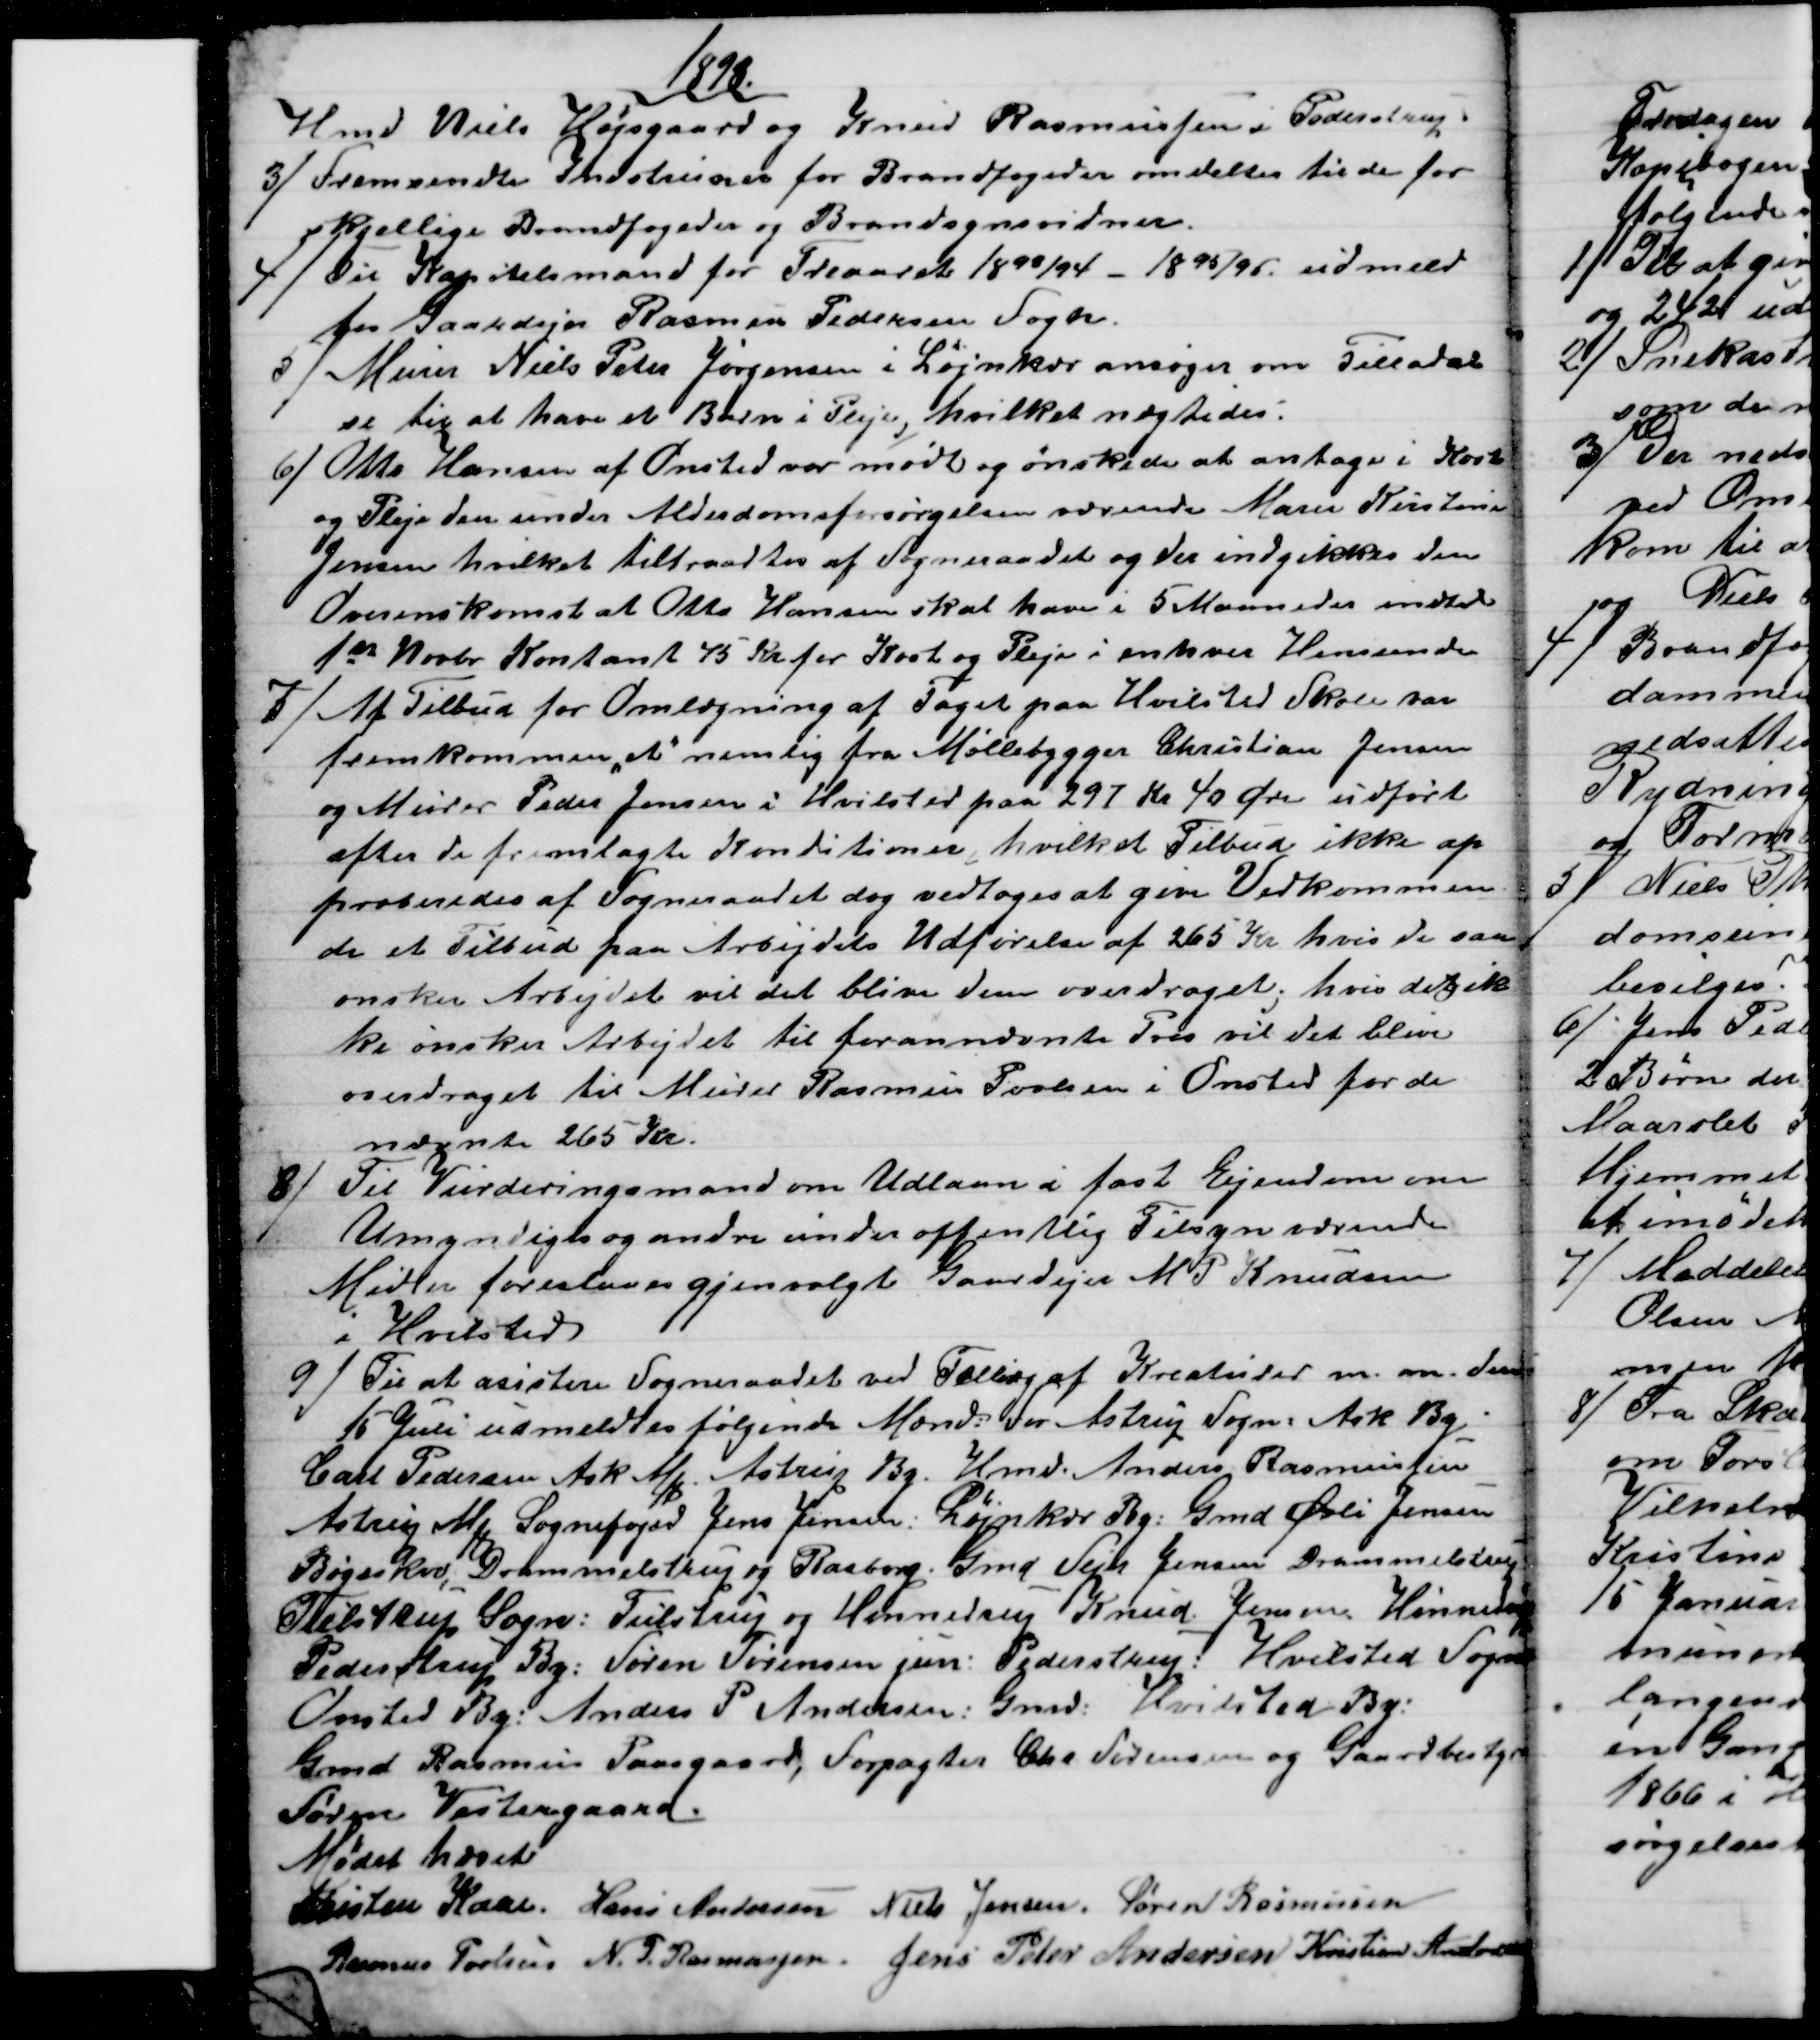
Transskription:
1893
Hmd Niels Højsgaard og Knud Rasmussen i Pederstrup.
3) Fremsendte Indstruxer for Brandfogeder omdeltes til de for
skjellige Brandfogeder og Brandsynsvidner.
4) Til Kapitelsmand for Treaaret 1893/94 - 1895/96 udmeld
tes Gaardejer Rasmus Pedersen Fogh.
5) Murer Niels Peter Jørgensen i Løjnkær ansøger om Tilladel
se Til at have et Barn i Pleje, hvilket nægtedes.
6) Otto Hansen af Onsted var mødt og ønskede at antage i Kost
og Pleje den under Alderdomsforsørgelsen værende Marie Kristensen
Jensen hvilket tiltraadtes af Sogneraadet og der indgikkes den
Overenskomst at Otto Hansen skal have i 5 Maaneder indtil
1ste Novbr Kontant 45 Kr for Kost og Pleje i enhver Hensende
7) Af Tilbud for Omlægning af Taget paa Hvilsted Skole var
fremkommen "et" nemlig fra Møllebygger Christian Jensen
og Murer Peder Jensen i Hvilsted paa 297 Kr 40 Øre udført
efter de fremlagte Konditioner, hvilket Tilbud ikke ap
proberedes af Sogneraadet dog vedtoges at give Vedkommen
de et Tilbud paa Arbejdets Udførelse af 265 Kr hvis de saa
ønsker Arbejdet vil det blive dem overdraget, hvis det ik
ke ønsker Arbejdet til forannævnte Pris vil det blive
overdraget til Murer Rasmus Povlsen i Onsted for de
nævnte 265 Kr.
8)
Til Vurderingsmand om Udlaan i fast Ejendom om
Umyndiges og andre under offentlig Tilsyn værende
Midler foreslaaes gjenvalgt Gaardejer M P Knudsen
i Hvilsted
9) Til at asistere Sogneraadet ved Tælling af Kreaturer m. m. den
15 Juli udmeldtes følgende Mænd: For Astrup Sogn. Ask By
Carl Pedersen Ask Mk Astrup By. Hmd. Anders Rasmussen
Astrup Mk  Sognefoged Jens Jensen: Løjnkær By: Gmd Øvli Jensen
Bøgeskov, Drammelstrup og Raaborg. Gmd Sejr Jensen Drammelstrup
Tulstrup Sogn: Tulstrup og Hinnedrup Knud Jensen Hinnedrup
Pederstrup By: Søren Sørensen jun: Pederstrup: Hvilsted Sogn
Onsted By: Anders P Andersen: Gmd. Hvilsted By:
Gmd Rasmus Paasgaard, Forpagter Chr Sørensen og Gaardbestyrer
Søren Vestergaard.
Mødet hævet
Kristen Kaae. Hans Andersen Niels Jensen. Søren Rasmussen
Rasmus Povlsen N. P. Rasmussen. Jens Peter Andersen Kristian Andersen